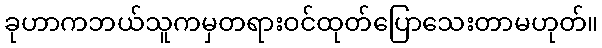
ခုဟာကဘယ်သူကမှတရားဝင်ထုတ်ပြောသေးတာမဟုတ်။